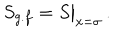
S _ { g . f } = S \big | _ { x = \sigma } \, .